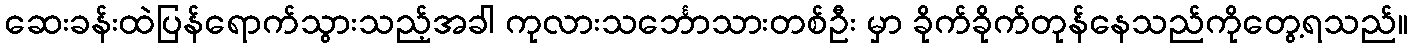
ဆေးခန်းထဲပြန်ရောက်သွားသည့်အခါ ကုလားသင်္ဘောသားတစ်ဦး မှာ ခိုက်ခိုက်တုန်နေသည်ကိုတွေ့ရသည်။